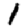
Digit: 1